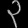
Digit: ၃